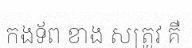
កងទ័ព ខាង សត្រូវ គឺ